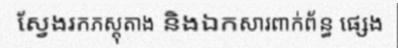
ស្វែងរកភស្តុតាង និងឯកសារពាក់ព័ន្ធ ផ្សេង